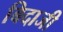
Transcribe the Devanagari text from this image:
बिदाजी